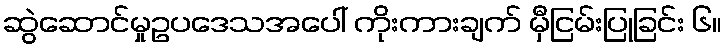
ဆွဲဆောင်မှုဥပဒေသအပေါ် ကိုးကားချက် မှီငြမ်းပြုခြင်း ၆။